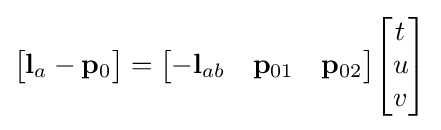
{\begin{bmatrix}\mathbf {l} _{a}-\mathbf {p} _{0}\end{bmatrix}}={\begin{bmatrix}-\mathbf {l} _{ab}&\mathbf {p} _{01}&\mathbf {p} _{02}\end{bmatrix}}{\begin{bmatrix}t\\u\\v\end{bmatrix}}